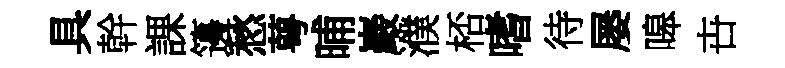
具幹課籩愁萼晡巖濮桮嗜待屡嗥卋